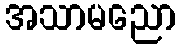
အသာမညော